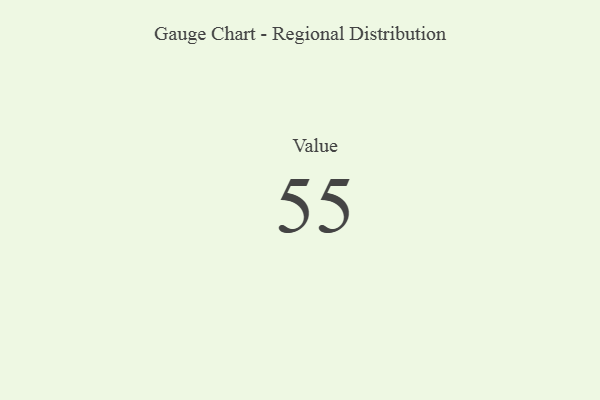
{"axis": {"x": "Metric", "y": "Value"}, "legend": [""], "data": [{"x": "Value", "y": 55, "type": ""}]}